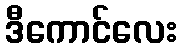
ဒီကောင်လေး